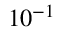
1 0 ^ { - 1 }